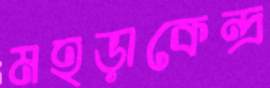
মহড়াকেন্দ্র